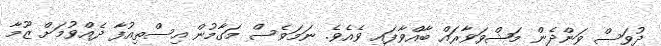
ދުވަސް ވަންދެން މަޝްވަވާރައް ބާއްވާފައި ވެއެވެ. ނަމަވެސް މަގާމުން އިސްތިއުފާ ދެއްވުމަށް ޒޫމާ